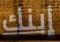
إبنك